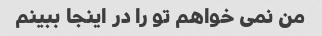
من نمی خواهم تو را در اینجا ببینم